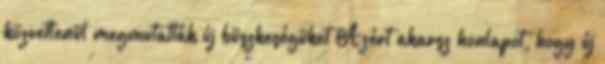
közvetlenül megmutatták új büszkeségüket Azért akarsz honlapot, hogy új